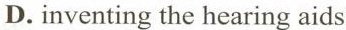
D. inventing the hearing aids